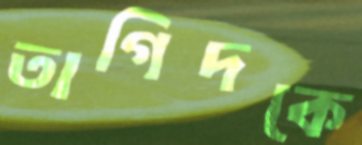
তাগিদকে